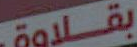
بقلاوة